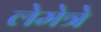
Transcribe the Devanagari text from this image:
लेमेत्रे